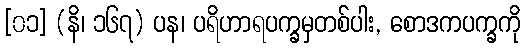
[၀၁] (နိ၊ ၁၆၇) ပန၊ ပရိဟာရပက္ခမှတစ်ပါး, စောဒကပက္ခကို